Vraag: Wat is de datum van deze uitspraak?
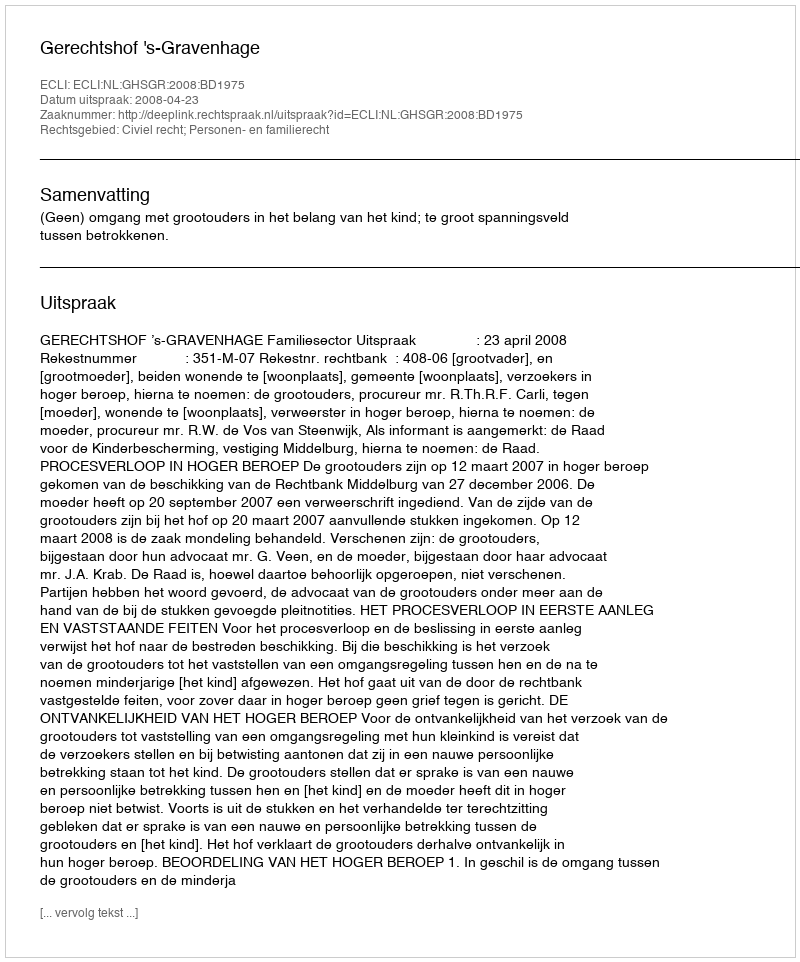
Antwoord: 2008-04-23